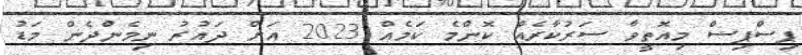
ޕިސްޕިސް މިއޮތީވާ ސަރުކާރެއް ކޮންމެ ކަމެއް 2023 އަށް ދައުރު ނިމެންދެން މަޑު